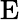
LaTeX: \textrm{E}